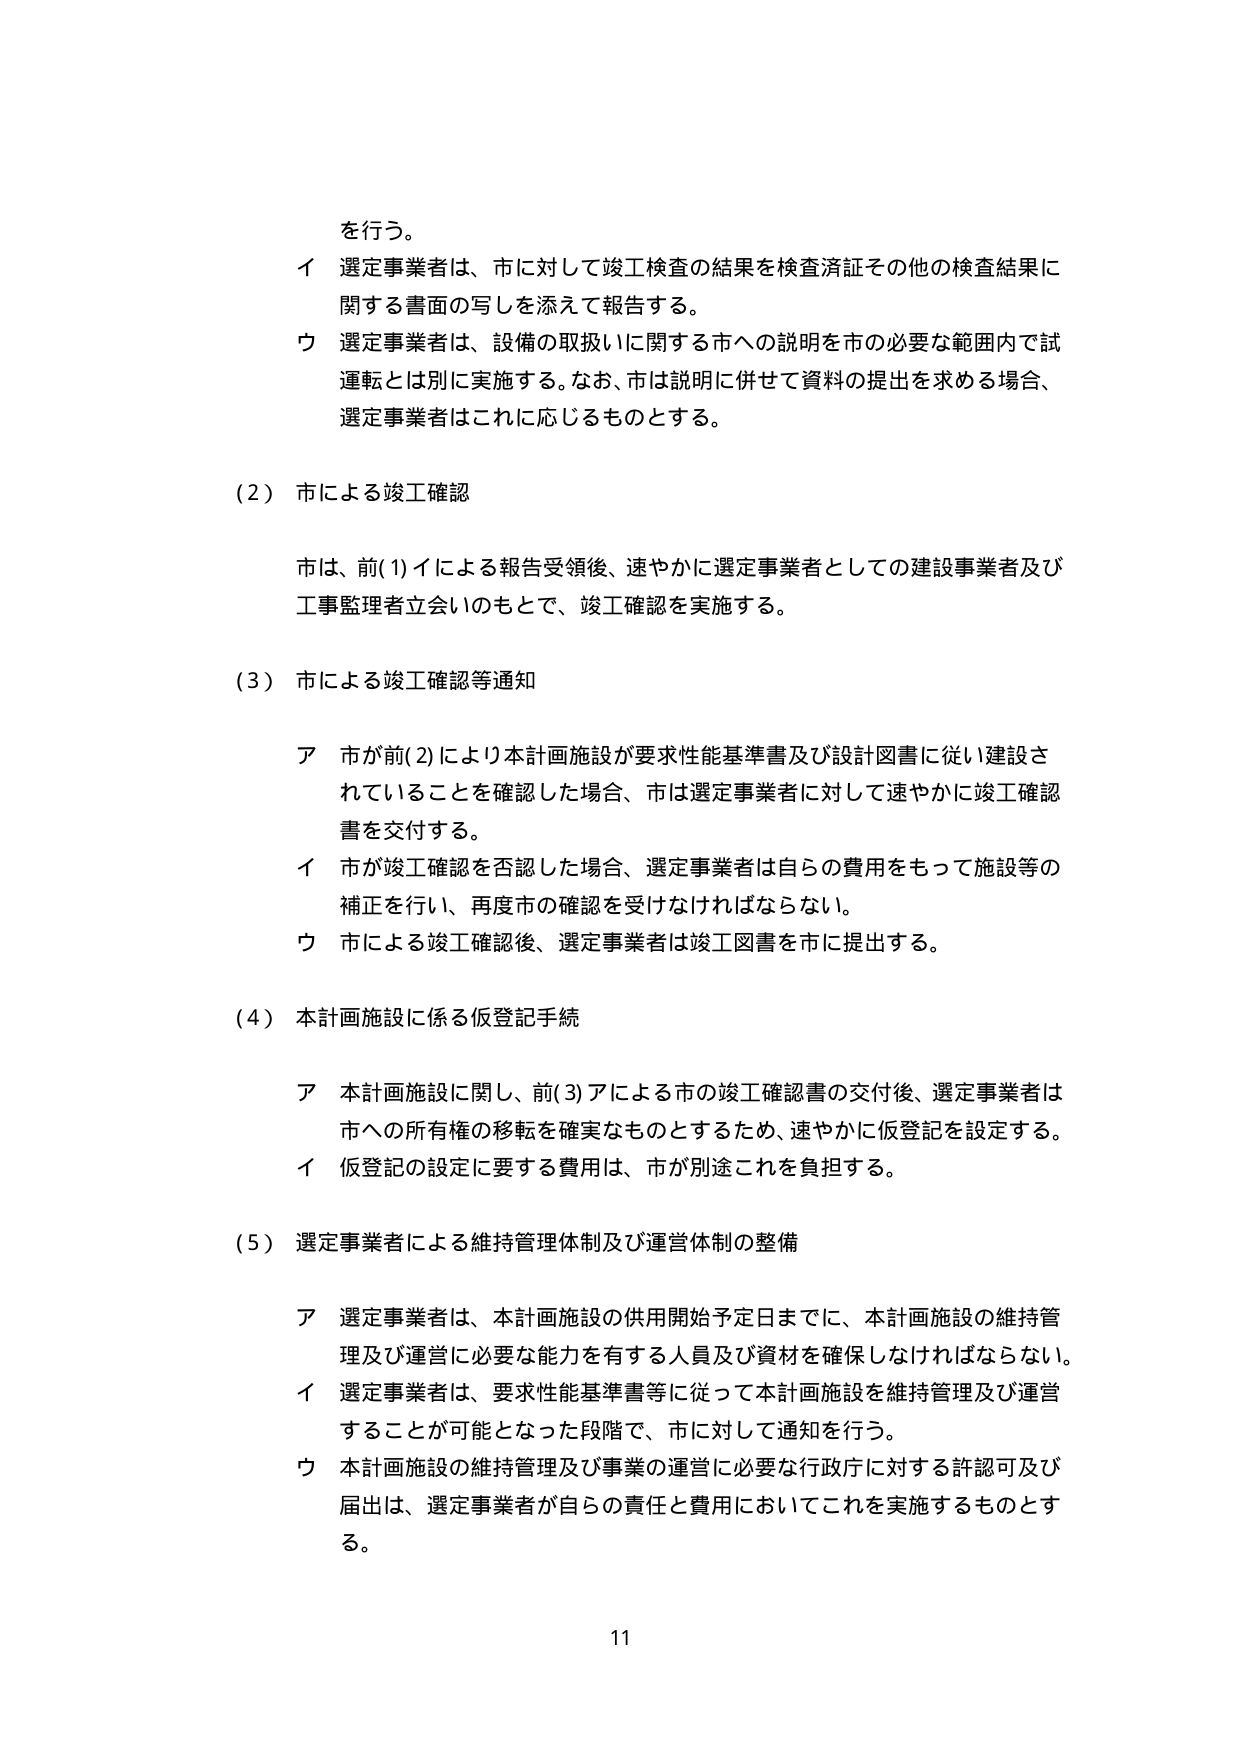
を行う。
イ 選定事業者は、市に対して竣工検査の結果を検査済証その他の検査結果に関する書面の写しを添えて報告する。
ウ 選定事業者は、設備の取扱いに関する市への説明を市の必要な範囲内で試運転とは別に実施する。なお、市は説明に併せて資料の提出を求める場合、選定事業者はこれに応じるものとする。

（2）市による竣工確認
市は、前（1）イによる報告受領後、速やかに選定事業者としての建設事業者及び工事監理者立会いのもとで、竣工確認を実施する。

（3）市による竣工確認等通知
ア 市が前（2）により本計画施設が要求性能基準書及び設計図書に従い建設されていることを確認した場合、市は選定事業者に対して速やかに竣工確認書を交付する。
イ 市が竣工確認を否認した場合、選定事業者は自らの費用をもって施設等の補正を行い、再度市の確認を受けなければならない。
ウ 市による竣工確認後、選定事業者は竣工図書を市に提出する。

（4）本計画施設に係る仮登記手続
ア 本計画施設に関し、前（3）アによる市の竣工確認書の交付後、選定事業者は市への所有権の移転を確実なものとするため、速やかに仮登記を設定する。
イ 仮登記の設定に要する費用は、市が別途これを負担する。

（5）選定事業者による維持管理体制及び運営体制の整備
ア 選定事業者は、本計画施設の供用開始予定日までに、本計画施設の維持管理及び運営に必要な能力を有する人員及び資材を確保しなければならない。
イ 選定事業者は、要求性能基準書等に従って本計画施設を維持管理及び運営することが可能となった段階で、市に対して通知を行う。
ウ 本計画施設の維持管理及び事業の運営に必要な行政庁に対する許認可及び届出は、選定事業者が自らの責任と費用においてこれを実施するものとする。

11